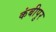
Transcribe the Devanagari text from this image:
कंबीपुर